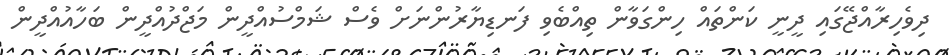
ދިވެހިރާއްޖޭގައި ދީނީ ކަންތައް ހިންގަވާން ތިއްބެވި ފަނޑިޔާރުންނަށް ވެސް ޝަމްސުއްދީން މަޖްދުއްދީން ބަހާއުއްދީން